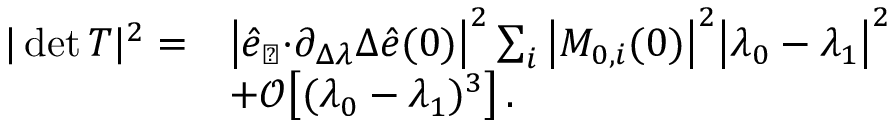
\begin{array} { r l } { \vert \operatorname* { d e t } T \vert ^ { 2 } = } & { { \big \vert \hat { e } _ { \perp } { \cdot } \partial _ { \Delta \lambda } \Delta \hat { e } ( 0 ) \big \vert ^ { 2 } \sum _ { i } \big \vert M _ { 0 , i } ( 0 ) \big \vert ^ { 2 } } \big \vert \lambda _ { 0 } - \lambda _ { 1 } \big \vert ^ { 2 } } \\ & { + \mathcal { O } \big [ ( \lambda _ { 0 } - \lambda _ { 1 } ) ^ { 3 } \big ] \, . } \end{array}